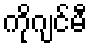
ကိုဂျင်မီ